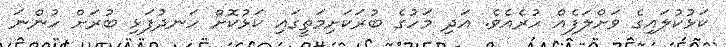
ކަޅުކުލައިގެ ވަށްލަފެއް ހުރެއެވެ. އަދި މަހުގެ ބުރަކަށިމަތީގައި ކަޅުކޮށް ހަނދުފަޅި ބުރަށް ހުންނަ